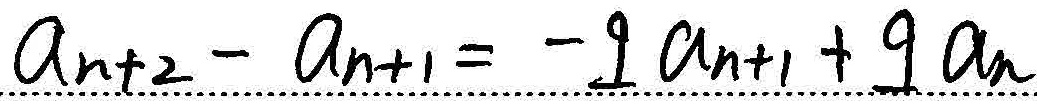
\(a_{n + 2}-a_{n + 1}=-9a_{n + 1}+9a_{n}\)